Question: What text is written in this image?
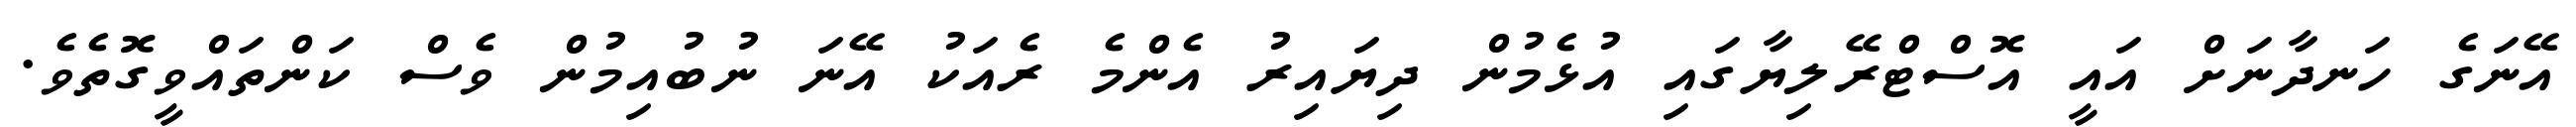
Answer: އޭނަގެ ހަނދާނަށް އައީ އޮސްޓްރޭލިޔާގައި އުޅެމުން ދިޔައިރު އެންމެ ރެއަކު އޭނަ ނުބުއިމުން ވެސް ކަންތައްވީގޮތެވެ.